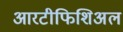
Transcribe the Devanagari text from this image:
आरटीफिशिअल